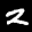
Label: 2